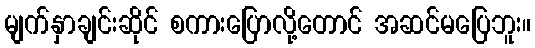
မျက်နှာချင်းဆိုင် စကားပြောလို့တောင် အဆင်မပြေဘူး။